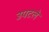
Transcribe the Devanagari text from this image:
उपटले